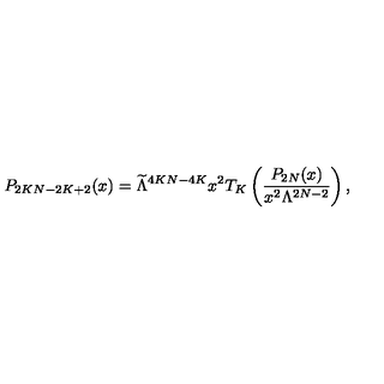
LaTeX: P _ { 2 K N - 2 K + 2 } ( x ) = \widetilde { \Lambda } ^ { 4 K N - 4 K } x ^ { 2 } T _ { K } \left( \frac { P _ { 2 N } ( x ) } { x ^ { 2 } \Lambda ^ { 2 N - 2 } } \right) ,